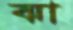
ঝা